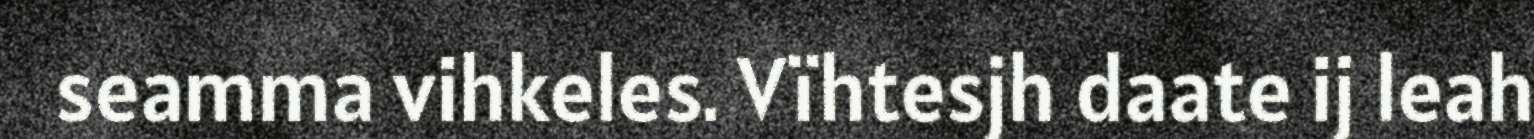
seamma vihkeles. Vïhtesjh daate ij leah